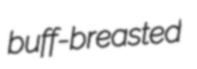
buff-breasted